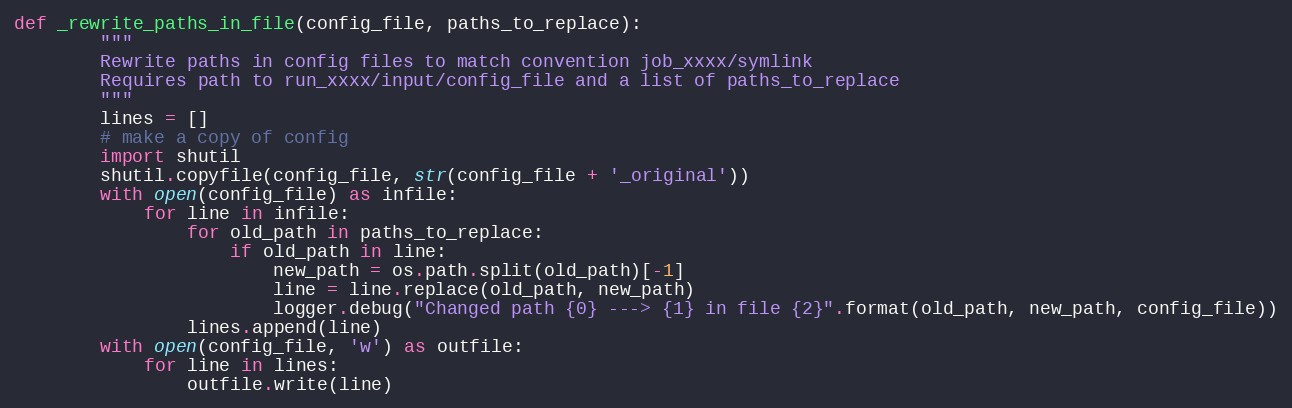
Language: Python
def _rewrite_paths_in_file(config_file, paths_to_replace):
        """
        Rewrite paths in config files to match convention job_xxxx/symlink
        Requires path to run_xxxx/input/config_file and a list of paths_to_replace
        """
        lines = []
        # make a copy of config
        import shutil
        shutil.copyfile(config_file, str(config_file + '_original'))
        with open(config_file) as infile:
            for line in infile:
                for old_path in paths_to_replace:
                    if old_path in line:
                        new_path = os.path.split(old_path)[-1]
                        line = line.replace(old_path, new_path)
                        logger.debug("Changed path {0} ---> {1} in file {2}".format(old_path, new_path, config_file))
                lines.append(line)
        with open(config_file, 'w') as outfile:
            for line in lines:
                outfile.write(line)